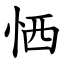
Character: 恓